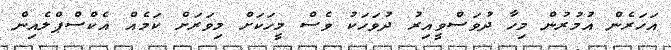
އަހަރެން އުމުރުން މިހާ ދުވަސްވީއިރު ދުވަހަކު ވެސް މީހަކަށް މިވަރަށް ކަމެއް އެކްސްޕްލެއިން